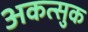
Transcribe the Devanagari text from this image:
अकत्सुक